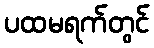
ပထမရက်တွင်